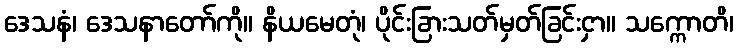
ဒေသနံ၊ ဒေသနာတော်ကို။ နိယမေတုံ၊ ပိုင်းခြားသတ်မှတ်ခြင်းငှာ။ သက္ကောတိ၊